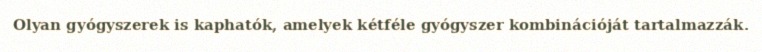
Olyan gyógyszerek is kaphatók, amelyek kétféle gyógyszer kombinációját tartalmazzák.